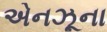
એનઝૂના